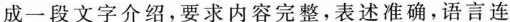
成一段文字介绍，要求内容完整，表述准确，语言连